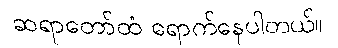
ဆရာတော်ထံ ရောက်နေပါတယ်။